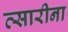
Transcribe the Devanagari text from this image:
त्सारीना